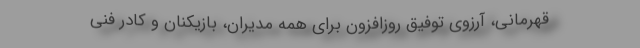
قهرمانی، آرزوی توفیق روزافزون برای همه مدیران، بازیکنان و کادر فنی